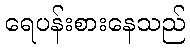
ရေပန်းစားနေသည်